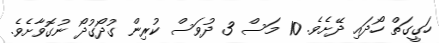
ހަގީގަތް ހޯދައި ދޭށެވެ. 10 މަސް 3 ދުވަސް ކުރިން ގުދޯގުދޯ ނުގޮވާށެވެ.